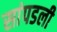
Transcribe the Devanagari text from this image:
सांपडली